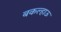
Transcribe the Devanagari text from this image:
बकल्हाऊ